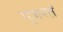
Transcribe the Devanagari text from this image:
गुजरतें